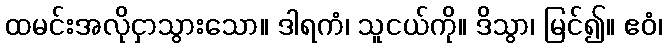
ထမင်းအလိုငှာသွားသော။ ဒါရကံ၊ သူငယ်ကို။ ဒိသွာ၊ မြင်၍။ ဧဝံ၊